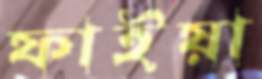
ফাইয়া